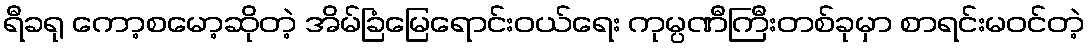
ရီခရု ကော့စမော့ဆိုတဲ့ အိမ်ခြံမြေရောင်းဝယ်ရေး ကုမ္ပဏီကြီးတစ်ခုမှာ စာရင်းမဝင်တဲ့